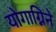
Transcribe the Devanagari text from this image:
योगाग्निने